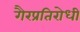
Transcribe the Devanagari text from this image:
गैरप्रतिरोधी